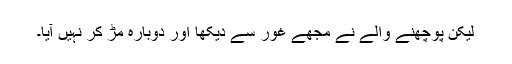
لیکن پوچھنے والے نے مجھے غور سے دیکھا اور دوبارہ مڑ کر نہیں آیا۔